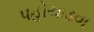
પહોચાડવા